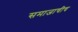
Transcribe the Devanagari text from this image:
समाजाचीच